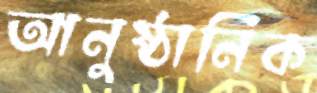
আনুষ্ঠানিক